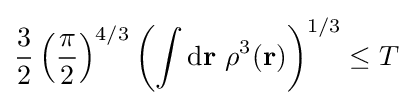
{\frac {3}{2}}\left({\frac {\pi }{2}}\right)^{4/3}\left(\int \mathrm {d} \mathbf {r} \ \rho ^{3}(\mathbf {r} )\right)^{1/3}\leq T